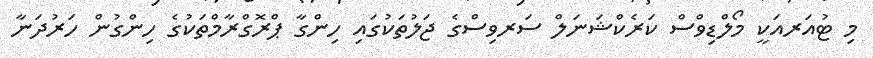
މި ޓުއަރއަކީ މޯލްޑިވްސް ކަރެކްޝަނަލް ސަރވިސްގެ ޖަލުތަކުގައި ހިންގާ ޕްރޮގްރާމްތަކުގެ ހިންގުން ހަރުދަނާ